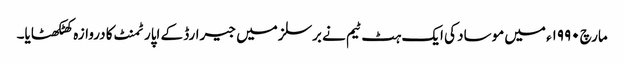
مارچ ۱۹۹۰ء میں موساد کی ایک ہٹ ٹیم نے برسلز میں جیرارڈ کے اپارٹمنٹ کا دروازہ کھٹکھٹایا۔